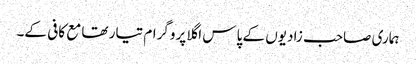
ہماری صاحب زادیوں کے پاس اگلا پروگرام تیار تھا مع کافی کے۔